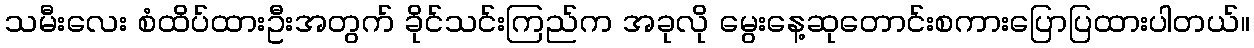
သမီးလေး စံထိပ်ထားဦးအတွက် ခိုင်သင်းကြည်က အခုလို မွေးနေ့ဆုတောင်းစကားပြောပြထားပါတယ်။